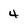
Character: 4